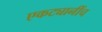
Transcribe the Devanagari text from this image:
एकट्यानींच